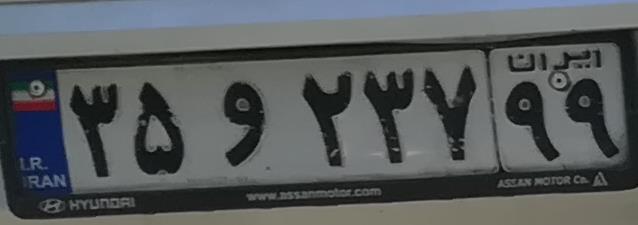
۳۵و۲۳۷۹۹